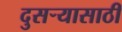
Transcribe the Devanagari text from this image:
दुसर्‍यासाठी